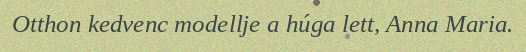
Otthon kedvenc modellje a húga lett, Anna Maria.